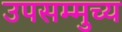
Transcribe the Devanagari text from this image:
उपसम्मुच्य